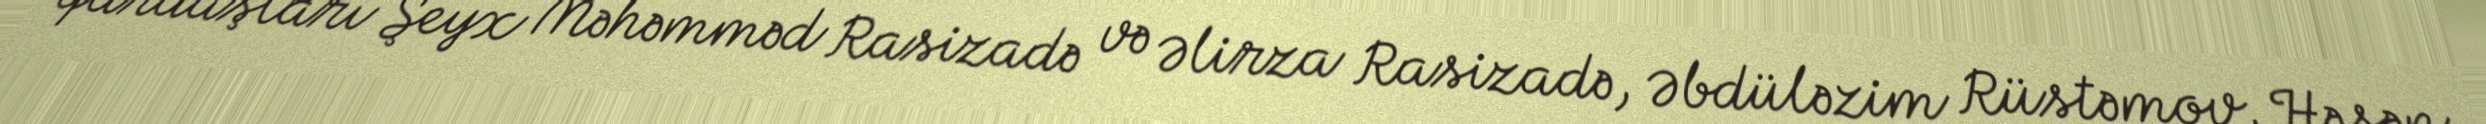
qardaşları Şeyx Məhəmməd Rasizadə və Əlirza Rasizadə, Əbdüləzim Rüstəmov, Həsən